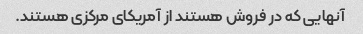
آنهایی که در فروش هستند از آمریکای مرکزی هستند.